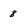
Character: 8